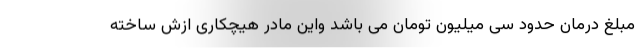
مبلغ درمان حدود سی میلیون تومان می باشد واین مادر هیچکاری ازش ساخته